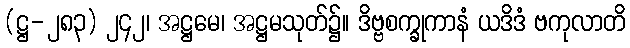
(ဋ္ဌ-၂၈၃) ၂၄၂၊ အဋ္ဌမေ၊ အဋ္ဌမသုတ်၌။ ဒိဗ္ဗစက္ခုကာနံ ယဒိဒံ ဗကုလာတိ